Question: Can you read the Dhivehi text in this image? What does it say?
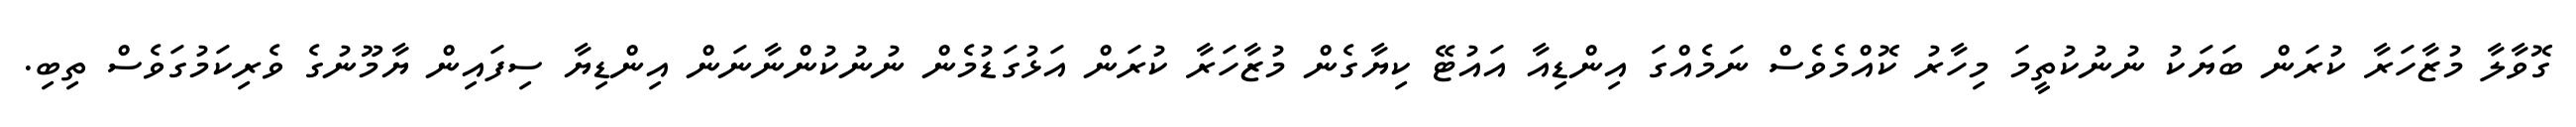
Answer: ގޮވާލާ މުޒާހަރާ ކުރަން ބަޔަކު ނުނުކުތީމަ މިހާރު ކޮއްމެވެސް ނަމެއްގަ އިންޑިއާ އައުޓޭ ކިޔާގެން މުޒާހަރާ ކުރަން އަޅުގަޑުމެން ނުނުކުންނާނަން އިންޑިޔާ ސިފައިން ޔާމޫނުގެ ވެރިކަމުގަވެސް ތިބި.